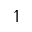
\upharpoonleft